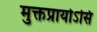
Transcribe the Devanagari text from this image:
मुक्तप्रायोऽसि